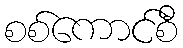
စစ်ကောင်စီ